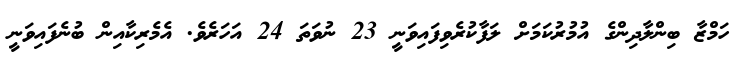
ހަމްޒާ ބިންލާދިންގެ އުމުރުކަމަށް ލަފާކުރެވިފައިވަނީ 23 ނުވަތަ 24 އަހަރެވެ. އެމެރިކާއިން ބުނެފައިވަނީ